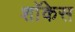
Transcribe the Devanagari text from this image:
शाॅकेस